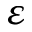
\varepsilon